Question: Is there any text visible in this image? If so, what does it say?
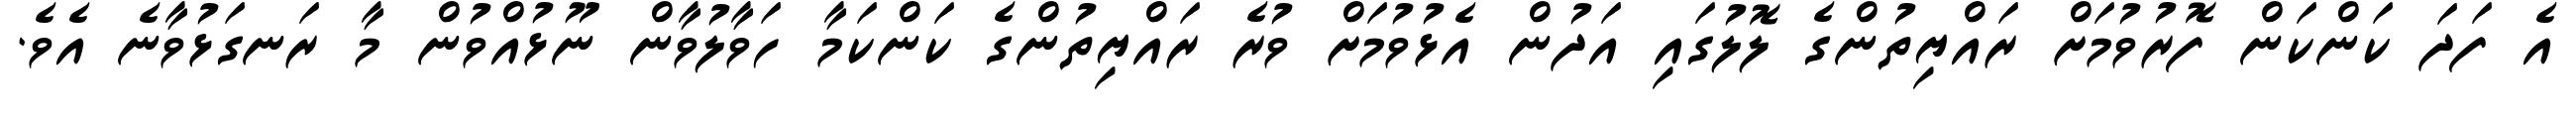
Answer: އެ ފަދަ ކަންކަން ފޮރުވުމަށް ރައްޔިތުންގެ ލޮލުގައި އަދުން އެޅުވުމަށް ވުރެ ރައްޔިތުންގެ ކަންކަމާ ހަވާލުވާން ނޫޅުއްވުން މާ ރަނގަޅުވާނެ އެވެ.